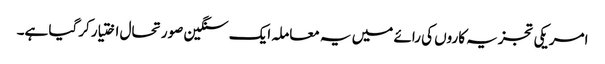
امریکی تجزیہ کاروں کی رائے میں یہ معاملہ ایک سنگین صورتحال اختیار کرگیا ہے۔